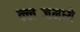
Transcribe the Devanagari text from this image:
क्लब्जमध्ये